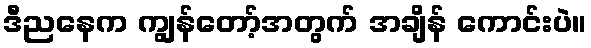
ဒီညနေက ကျွန်တော့်အတွက် အချိန် ကောင်းပဲ။